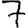
Digit: 7